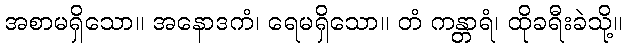
အစာမရှိသော။ အနောဒကံ၊ ရေမရှိသော။ တံ ကန္တာရံ၊ ထိုခရီးခဲသို့။